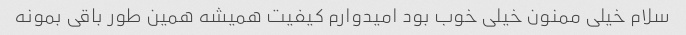
سلام خیلی ممنون خیلی خوب بود امیدوارم کیفیت همیشه همین طور باقی بمونه